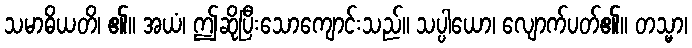
သမာဓိယတိ၊ ၏။ အယံ၊ ဤဆိုပြီးသောကျောင်းသည်။ သပ္ပါယော၊ လျောက်ပတ်၏။ တသ္မာ၊